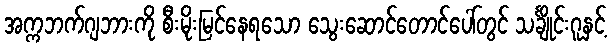
အက္ကဘက်ဂျဘားကို စီးမိုးမြင်နေရသော သွေးဆောင်တောင်ပေါ်တွင် သင်္ချိုင်းဂူနှင့်